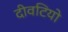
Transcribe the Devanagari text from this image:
दीवटियो